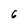
Character: 6